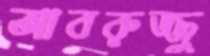
আবরুজ্জু